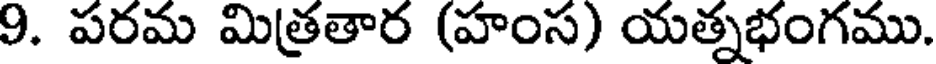
9. పరమ మిత్రతార (హంస) యత్నభంగము.